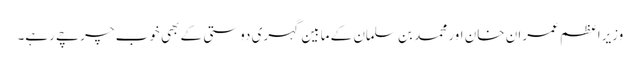
وزیراعظم عمران خان اور محمد بن سلمان کے مابین گہری دوستی کے بھی خوب چرچے رہے۔